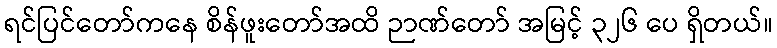
ရင်ပြင်တော်ကနေ စိန်ဖူးတော်အထိ ဉာဏ်တော် အမြင့် ၃၂၆ ပေ ရှိတယ်။